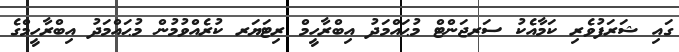
ގައި ޝަރަފުވެރި ކަމާއެކު ސަރޖަންޓް މުޙައްމަދު އިބްރާހީމް ރިޓަޔަރ ކުރެއްވުމުން މުޙައްމަދު އިބްރާހީމްގެ